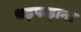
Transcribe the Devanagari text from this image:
धड़फड़ाना